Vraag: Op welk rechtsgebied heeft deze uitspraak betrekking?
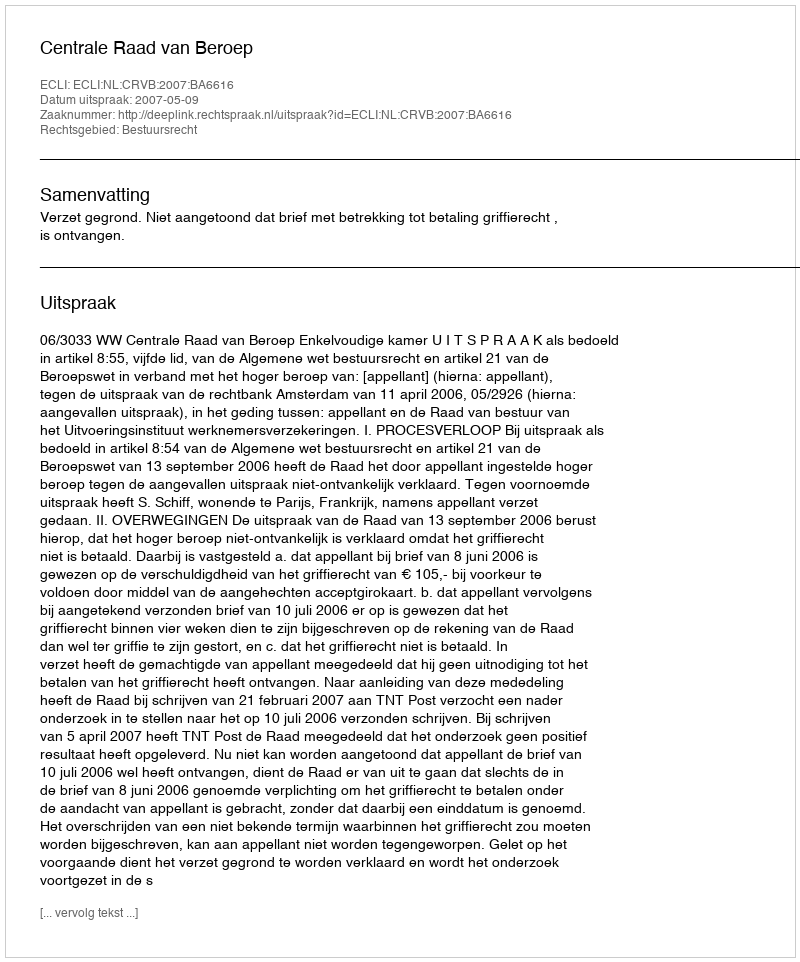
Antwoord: Bestuursrecht